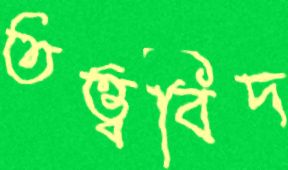
তত্ত্ববিদ